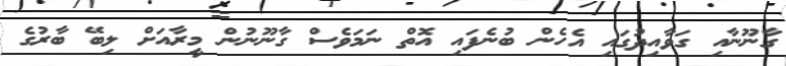
ގާނޫނާއި ގަވާއިދުގައި އެހެން ބުނެފައި އޮތް ނަމަވެސް ގާނޫނުން މީރާއަށް ލިބޭ ބާރުގެ